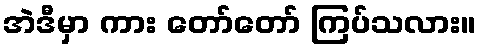
အဲဒီမှာ ကား တော်တော် ကြပ်သလား။